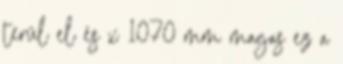
terül el és x 1070 mm magas ez a